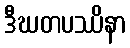
ဒီဃတပဿိနာ